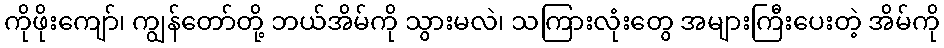
ကိုဖိုးကျော်၊ ကျွန်တော်တို့ ဘယ်အိမ်ကို သွားမလဲ၊ သကြားလုံးတွေ အများကြီးပေးတဲ့ အိမ်ကို